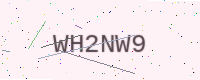
Text: WH2NW9